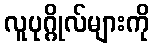
လူပုဂ္ဂိုလ်များကို